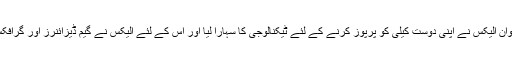
آسٹریلوی نوجوان الیکس نے اپنی دوست کیلی کو پرپوز کرنے کے لئے ٹیکنالوجی کا سہارا لیا اور اس کے لئے الیکس نے گیم ڈیزائنرز اور گرافکس کی مدد لی۔